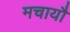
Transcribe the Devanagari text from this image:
मचायौ